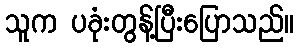
သူက ပခုံးတွန့်ပြီးပြောသည်။